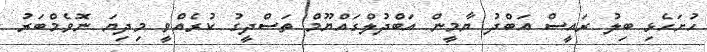
ހުށަހެޅި ބިލު ރައީސް އަބްދު ޔާމީން އަބްދުލްގައްޔޫމް ތަސްދީގު ކުރެއްވީ މިދިޔަަ ނޮވެމްބަރު